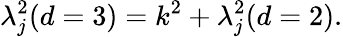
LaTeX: \lambda_{j}^{2}(d=3)=k^{2}+\lambda_{j}^{2}(d=2).